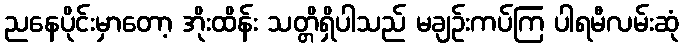
ညနေပိုင်းမှာတော့ အိုးထိန်း သတ္တိရှိပါသည် မချဉ်းကပ်ကြ ပါရမီလမ်းဆုံ